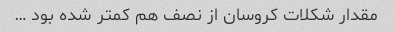
مقدار شکلات کروسان از نصف هم کمتر شده بود …